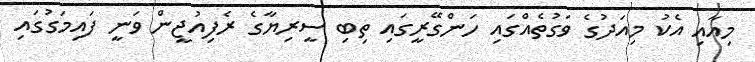
މިއާއި އެކު މިއަދުގެ ވަގުތެއްގައި ހަންގޭރީގައި ތިބި ސީރިޔާގެ ރެފިއުޖީން ވަނީ ފައިމަގުގައި